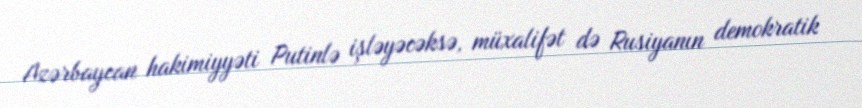
Azərbaycan hakimiyyəti Putinlə işləyəcəksə, müxalifət də Rusiyanın demokratik